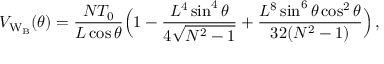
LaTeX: V _ { \mathrm { W _ { B } } } ( \theta ) = \frac { N T _ { 0 } } { L \cos { \theta } } \Bigl ( 1 - \frac { L ^ { 4 } \sin ^ { 4 } { \theta } } { 4 \sqrt { N ^ { 2 } - 1 } } + \frac { L ^ { 8 } \sin ^ { 6 } { \theta } \cos ^ { 2 } { \theta } } { 3 2 ( N ^ { 2 } - 1 ) } \Bigr ) \, ,